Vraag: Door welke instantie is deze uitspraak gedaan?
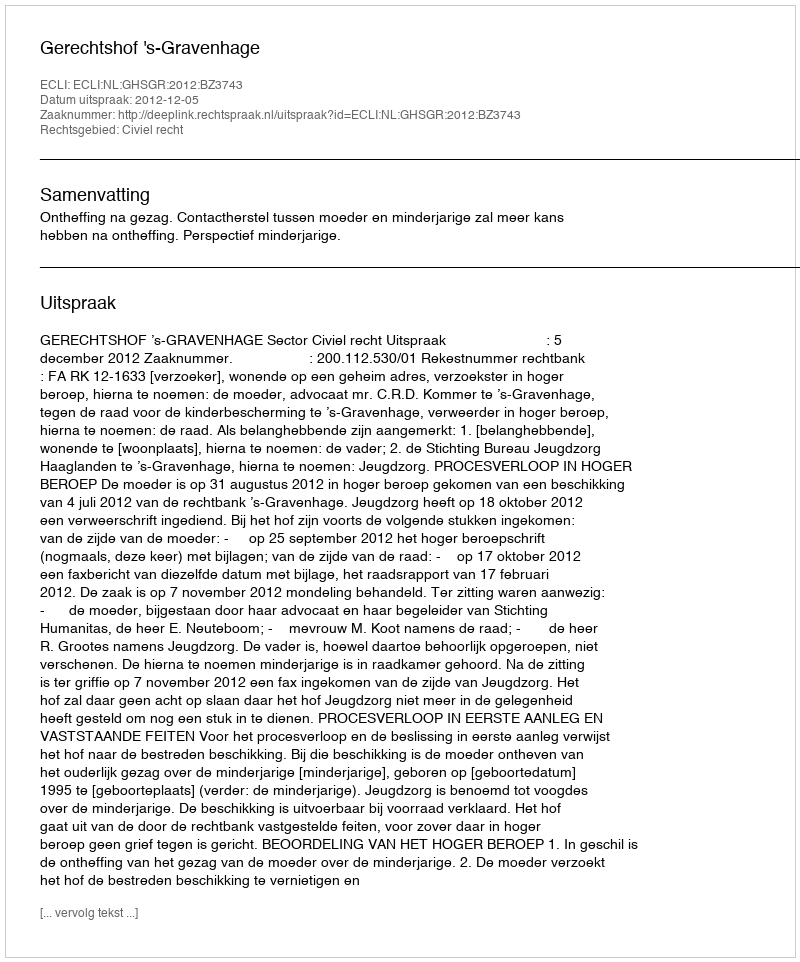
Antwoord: Gerechtshof 's-Gravenhage